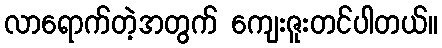
လာရောက်တဲ့အတွက် ကျေးဇူးတင်ပါတယ်။